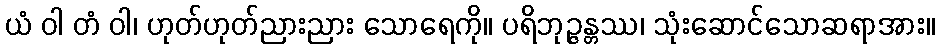
ယံ ဝါ တံ ဝါ၊ ဟုတ်ဟုတ်ညားညား သောရေကို။ ပရိဘုဉ္ဇန္တဿ၊ သုံးဆောင်သောဆရာအား။